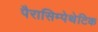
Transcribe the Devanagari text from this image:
पैरासिम्पेथेटिक